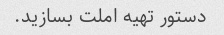
دستور تهیه املت بسازید.